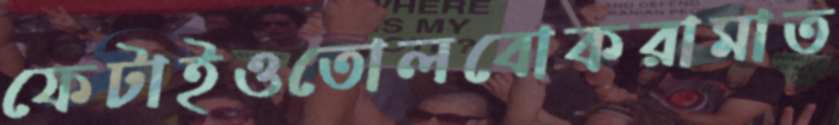
ফেটাইওতোলবোকরামাত